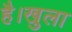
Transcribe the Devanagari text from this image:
है।खुला